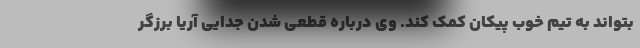
بتواند به تیم خوب پیکان کمک کند. وی درباره قطعی شدن جدایی آریا برزگر